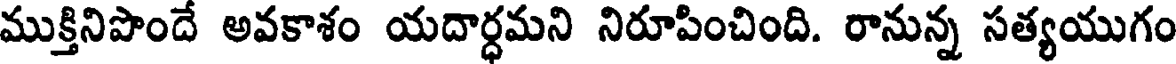
ముక్తినిపొందే అవకాశం యదార్ధమని నిరూపించింది. రానున్న సత్యయుగం